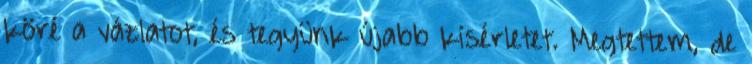
köré a vázlatot, és tegyünk újabb kísérletet. Megtettem, de